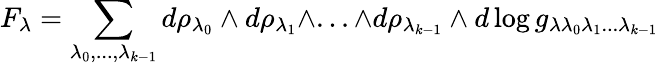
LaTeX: F_{\lambda}=\sum_{\lambda_{0},...,\lambda_{k-1}}d\rho_{\lambda_{0}}\wedge d\rho_{\lambda_{1}}\wedge...\wedge d\rho_{\lambda_{k-1}}\wedge d\log g_{\lambda\lambda_{0}\lambda_{1}...\lambda_{k-1}}